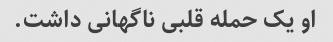
او یک حمله قلبی ناگهانی داشت.